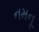
નમનૂ